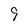
Character: 9